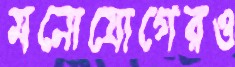
মনোযোগেরও